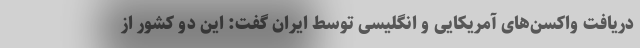
دریافت واکسن‌های آمریکایی و انگلیسی توسط ایران گفت: این دو کشور از